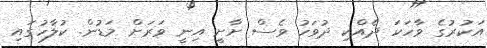
އަކުރުގެ ވާހަކަ ދެއްކި ދުވަހު ވެސް ށާށީ އިނީ ވަރަށް މަޑުން. ކުލާހުގައި